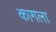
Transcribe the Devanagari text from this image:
कागला